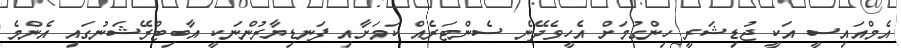
އެމްއައިސީ އަކީ ޖުޑިޝަރީ ހިންގުމަށް އެހީވެދޭނެ ސެންޓަރެއް ކަމަށާއިި ފަނޑިޔާރުންނަކީ އާބިޓްރޭޝަނުގައި އެންމެ